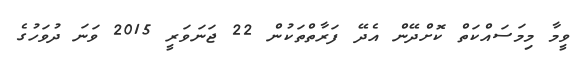
ވީމާ މިމަސައްކަތް ކޮށްދޭން އެދޭ ފަރާތްތަކުން 22 ޖަނަވަރީ 2015 ވަނަ ދުވަހުގެ